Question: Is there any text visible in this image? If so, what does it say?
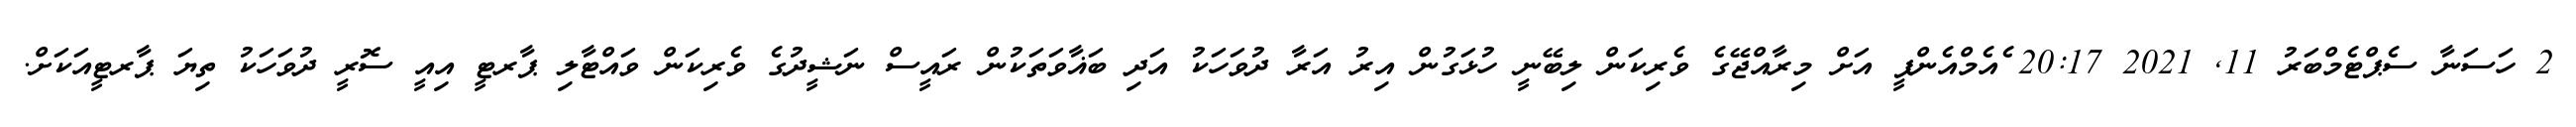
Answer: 2 ހަސަނާ ސެޕްޓެމްބަރު 11, 2021 20:17 ެއެމްއެންޕީ އަށް މިރާއްޖޭގެ ވެރިކަން ލިބޭނީ ހުޅަގުން އިރު އަރާ ދުވަހަކު އަދި ބަޣާވަތަކުން ރައީސް ނަޝީދުގެ ވެރިކަން ވައްޓާލި ޕާރޓީ އިއީ ސޮރީ ދުވަހަކު ތިޔަ ޕާރޓީއަކަށް.